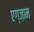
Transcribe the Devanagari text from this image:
एग्ज़ाम